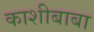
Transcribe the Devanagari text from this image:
काशीबाबा